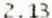
2.13